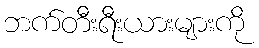
ဘက်တီးရီးယားများကို